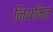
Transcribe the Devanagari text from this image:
नियमित